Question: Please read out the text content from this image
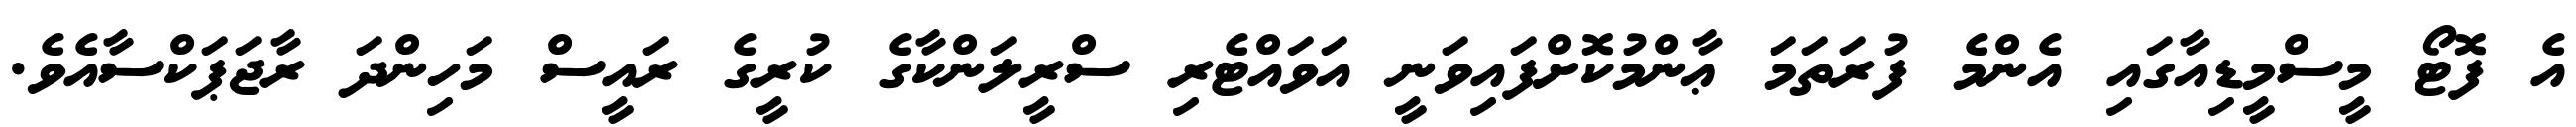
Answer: އެ ފޮޓޯ މީސްމީޑިއާގައި އެންމެ ފުރަތަމަ ޢާންމުކޮށްފައިވަނީ އަވައްޓެރި ސްރީލަންކާގެ ކުރީގެ ރައީސް މަހިންދަ ރާޖަޕަކްސާއެވެ.